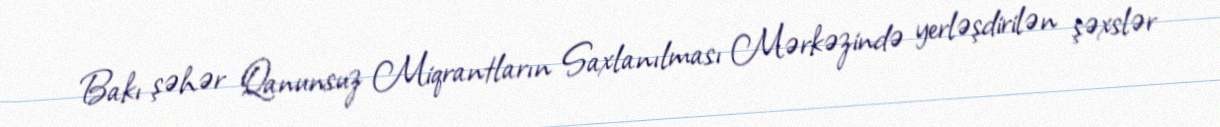
Bakı şəhər Qanunsuz Miqrantların Saxlanılması Mərkəzində yerləşdirilən şəxslər